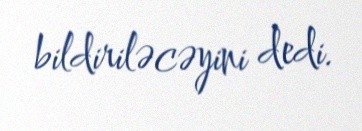
bildiriləcəyini dedi.